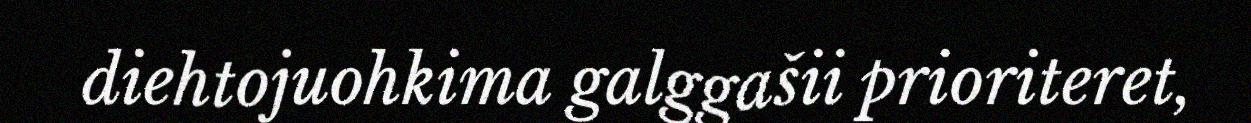
diehtojuohkima galggašii prioriteret,